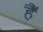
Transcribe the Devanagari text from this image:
है॓